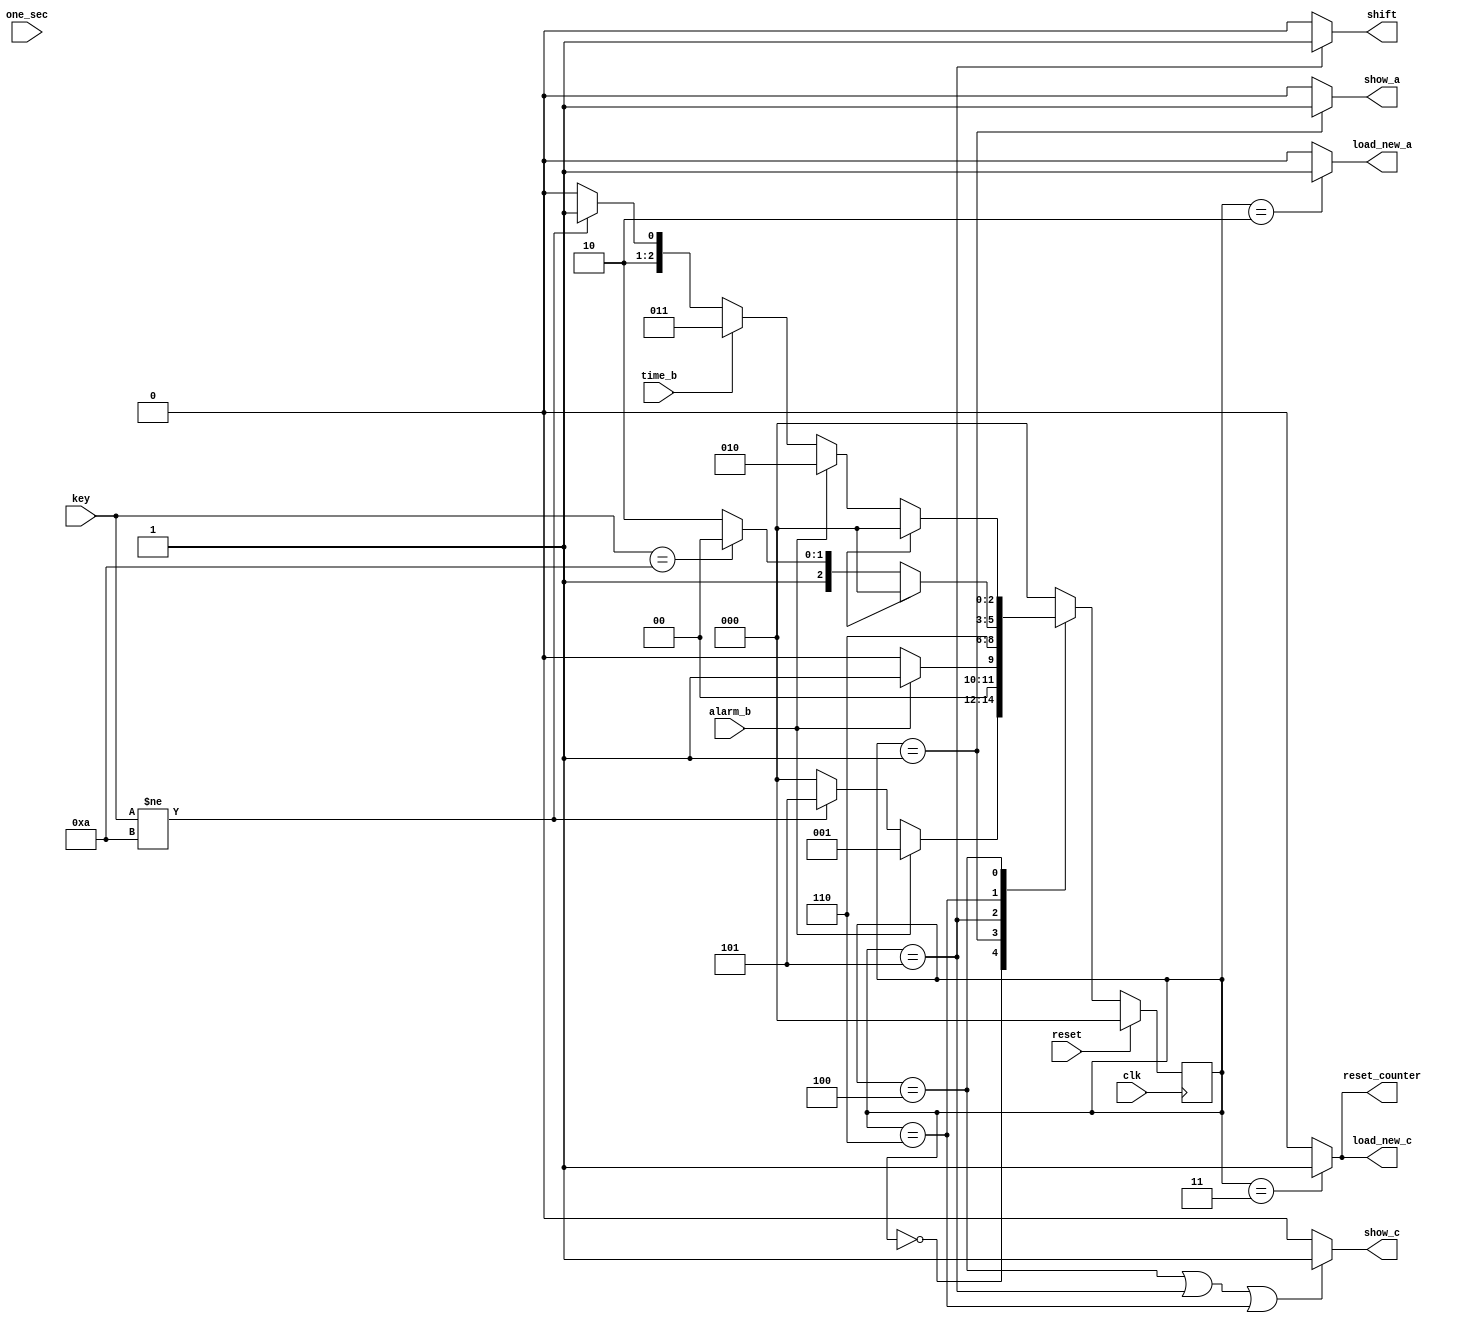
module alarm_controller(
input clk,
input reset,
input alarm_b,
input time_b,
input [3:0]key,
input one_sec,
output load_new_c,
output load_new_a,
output show_a,
output show_c,
output shift,
output reset_counter);

parameter SHOWTIME 	= 3'd0;
parameter SHOW_ALARM = 3'd1;
parameter SET_A 		= 3'd2;
parameter SET_CT 		= 3'd3;
parameter KEY_ENTRY 	= 3'd4;
parameter KEY_STORE 	= 3'd5;
parameter KEY_WAIT 	= 3'd6;
parameter no_key 		= 4'd10;

reg[2:0] STATE,NEXT_STATE;

reg[3:0] count1,count2;

wire timeout;

//count1 
always@(posedge clk)
begin
	if(reset)
		count1 <=  4'd0;
	else if(STATE != KEY_ENTRY)
		count1 <= 4'd0;	
	else if(one_sec)
		count1 <= count1+1'b1;
	else if(count1 == 4'd9)
		count1 <= 4'd0;
end

//count2 for counting 10 sec in key store
always@(posedge clk)
begin
	if(reset)
		count2 <=  4'd0;
	else if(STATE != KEY_ENTRY)
		count2 <=4'd0;	
	else if(one_sec)
		count2 <= count2+1'b1;
	else if(count2 == 4'd9)
		count2 <= 4'd0;
end

assign timout = ((count1==9 )||(count2 == 9)) ? 1:0;

//STATE_logic
always@(STATE or key or alarm_b or time_b or timeout)
begin
	case(STATE)
		SHOWTIME : begin
					  if(alarm_b)
							NEXT_STATE = SHOW_ALARM;
					   else if(key!=no_key)
							NEXT_STATE = KEY_STORE;
						else
							NEXT_STATE = SHOWTIME;
						end
		SHOW_ALARM : begin
						 if(!alarm_b)
							NEXT_STATE = SHOWTIME;
						 else
							NEXT_STATE = SHOW_ALARM;
						 end
		
		KEY_STORE : NEXT_STATE = KEY_WAIT;
		KEY_WAIT  : begin
						if(timeout)
							NEXT_STATE = SHOWTIME;
						else if(key == no_key)
						   NEXT_STATE = KEY_ENTRY;
					   else
							NEXT_STATE = KEY_WAIT;
						end
		KEY_ENTRY : begin
						if(timeout)
							NEXT_STATE = SHOWTIME;
						else if(alarm_b)
							NEXT_STATE = SET_A;
						else if(time_b)
							NEXT_STATE = SET_CT;
						else if(key != no_key)
							NEXT_STATE = KEY_STORE;
						else
							NEXT_STATE = KEY_ENTRY;
						end
						
		SET_A     : NEXT_STATE = SHOWTIME;
		SET_CT    : NEXT_STATE = SHOWTIME;
		default   : NEXT_STATE = SHOWTIME;

	endcase
end

//STATE to nextSTATE
always@(posedge clk)
begin
	if(reset)
		STATE <= SHOWTIME;
	else
		STATE <= NEXT_STATE;
end

//output
assign show_a = (STATE == SHOW_ALARM)?1:0;
assign load_new_c = (STATE == SET_CT)?1:0;
assign load_new_a = (STATE == SET_A)?1:0;
assign shift = (STATE == KEY_STORE)?1:0;
assign reset_counter = (STATE == SET_CT)?1:0;
assign show_c = (STATE == KEY_ENTRY || STATE == KEY_STORE || STATE == KEY_WAIT) ? 1:0;

endmodule